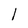
Character: 1